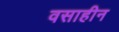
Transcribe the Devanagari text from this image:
वसाहीन